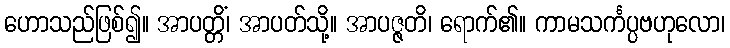
ဟောသည်ဖြစ်၍။ အာပတ္တိံ၊ အာပတ်သို့။ အာပဇ္ဇတိ၊ ရောက်၏။ ကာမသင်္ကပ္ပဗဟုလော၊